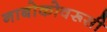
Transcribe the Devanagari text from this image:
नाबोकोवरूसी